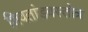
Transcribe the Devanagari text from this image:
शिवतांडवस्तोत्र